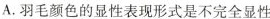
A.羽毛颜色的显性表现形式是不完全显性